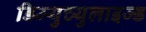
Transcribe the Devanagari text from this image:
डिम्युच्युलाइज्ड